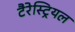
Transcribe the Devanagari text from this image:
टैरेस्ट्रियल